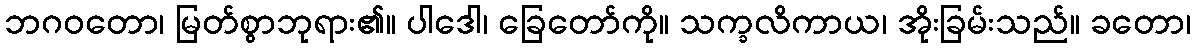
ဘဂဝတော၊ မြတ်စွာဘုရား၏။ ပါဒေါ၊ ခြေတော်ကို။ သက္ခလိကာယ၊ အိုးခြမ်းသည်။ ခတော၊